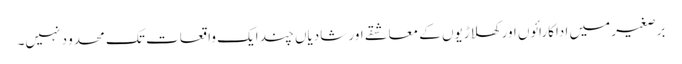
برصغیر میں اداکارائوں اور کھلاڑیوں کے معاشقے اور شادیاں چند ایک واقعات تک محدو د نہیں۔